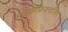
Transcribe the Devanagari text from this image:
माइक्रोफ्रैक्चरिंग